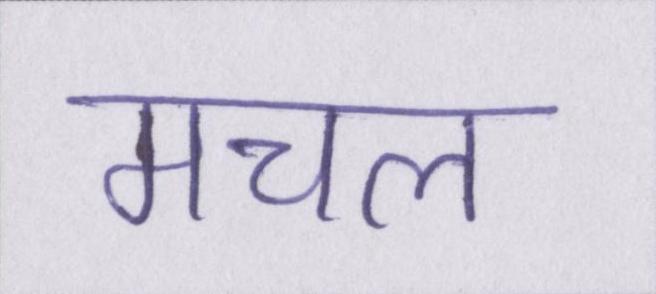
मचल